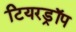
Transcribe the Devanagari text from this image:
टियरड्रॉप